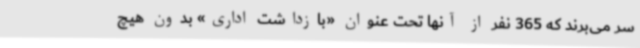
سر می‌برند که 365 نفر از آنها تحت عنوان «بازداشت‌ اداری» بدون هیچ